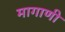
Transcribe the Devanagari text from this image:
मागाणी